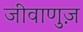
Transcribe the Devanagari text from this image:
जीवाणुज़